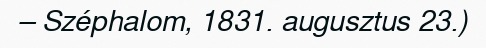
– Széphalom, 1831. augusztus 23.)